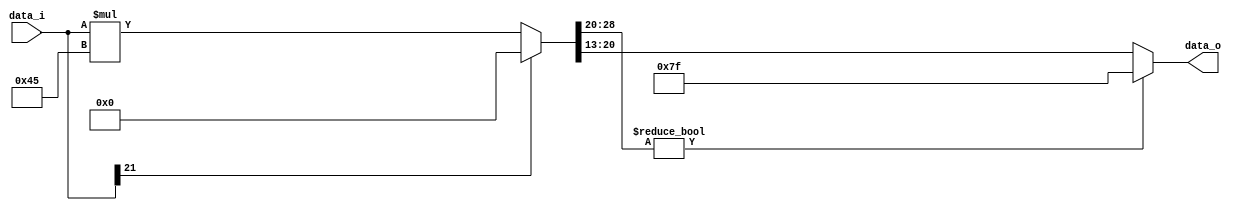
//////////////////////////////////////////////////////////////////////////////////
// School: SJTU
// Author: 
//
// Create Date: 
// Module Name: rescale_3
// Project Name: DSCNN 3rd layer design
// Description: DSCNN 3rd layer rescale unit
//
// Revision:
// Additional Comments: Modified by Zhihong Chen, 2023/9/7.
//
//////////////////////////////////////////////////////////////////////////////////

module rescale_3
#(
	parameter INPUT_W = 22,
	parameter OUTPUT_W = 8
)
	(
		input  [INPUT_W-1:0]  data_i,
		output [OUTPUT_W-1:0] data_o
	);

parameter M0 = 7'b1000101; //M0 = 69
parameter n = 13; //n = 13

wire [INPUT_W+7-1:0] data_big;

assign data_big = data_i[INPUT_W-1]? {(INPUT_W+7){1'b0}} : data_i * M0; //ReLu
assign data_o = data_big[28:20]? 8'h7f : data_big[20:13]; //data_o = data_big[28:n+7]?8'h7f:data_big[n+7:n];

endmodule